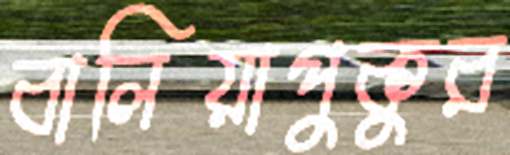
বালিয়াপুকুর